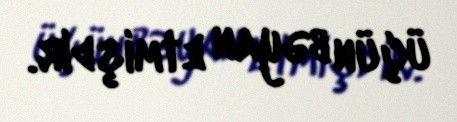
üçün bəyan etmişdir.